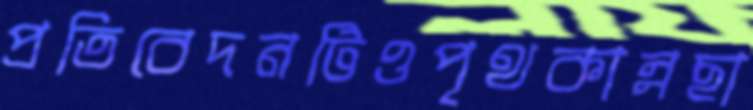
প্রতিবেদনটিওপৃথকান্নছা